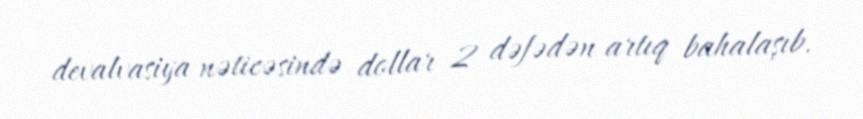
devalvasiya nəticəsində dollar 2 dəfədən artıq bahalaşıb.